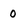
Character: 0